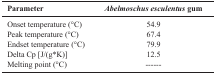
<table><thead><tr><td><b>Parameter</b></td><td><b><i>Abelmoschus esculentus </i>gum</b></td></tr></thead><tbody><tr><td>Onset temperature (°C) Peak temperature (°C)Endset temperature (°C)Delta Cp [J/(g*K)]Melting point (°C)</td><td>54.967.479.912.5------</td></tr></tbody></table>